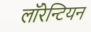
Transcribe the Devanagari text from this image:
लाॅरेन्टियन